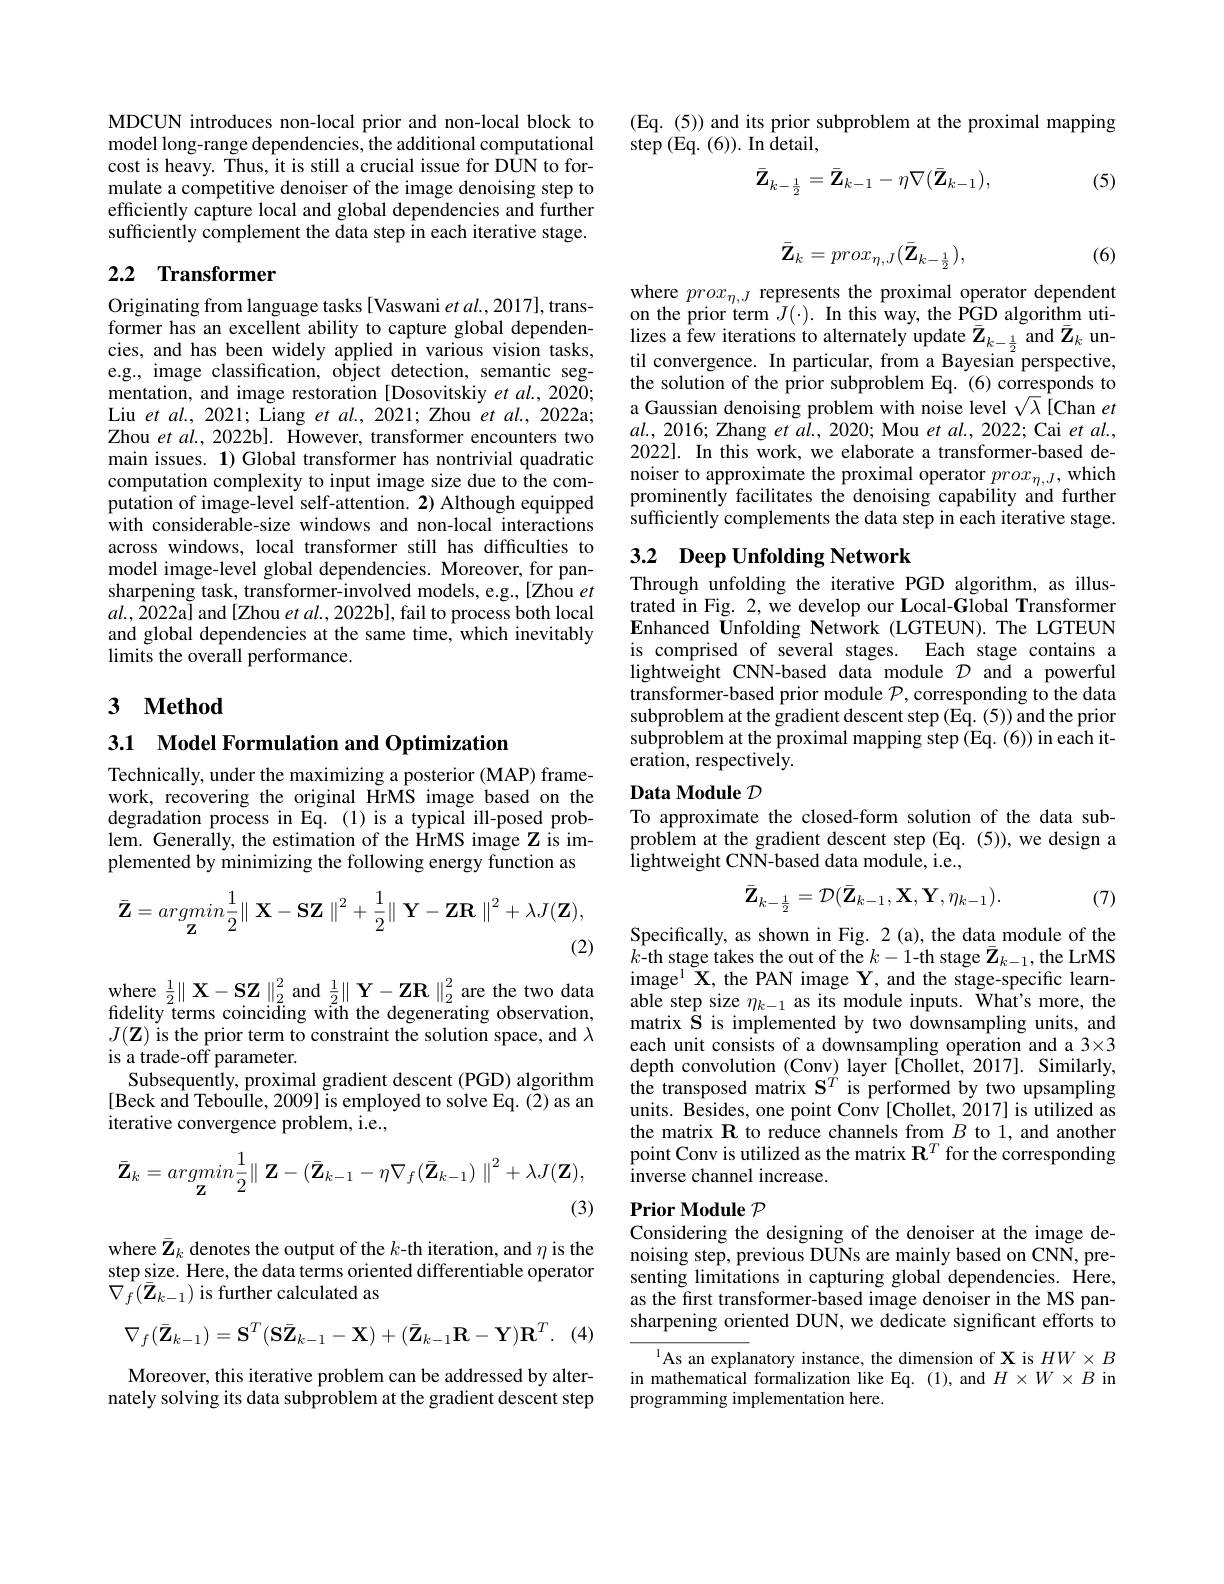
MDCUN introduces non-local prior and non-local block to model long-range dependencies, the additional computational cost is heavy. Thus, it is still a crucial issue for DUN to formulate a competitive denoiser of the image denoising step to efficiently capture local and global dependencies and further sufficiently complement the data step in each iterative stage.

## 2.2 Transformer

Originating from language tasks[Vaswani $etal.,2017]$,transformer has an excellent ability to capture global dependencies, and has been widely applied in various vision tasks, e.g., image classification, object detection, semantic segmentation, and image restoration [Dosovitskiy et al., 2020; Liu et al., 2021; Liang et $al.$, 2021; Zhou et al., 2022a; Zhou et al., 2022b]. However, transformer encounters two main issues. 1) Global transformer has nontrivial quadratic computation complexity to input image size due to the computation of image-level self-attention. 2) Although equipped with considerable-size windows and non-local interactions across windows, local transformer still has difficulties to model image-level global dependencies. Moreover, for pansharpening task, transformer-involved models, e.g., [Zhou $et$ $al.,\bar{2}022$a] and[Zhou et al., 2022b], fail to process both local and global dependencies at the same time, which inevitably limits the overall performance.

### 3 $\textbf{Method}$

3.1 Model Formulation and Optimization

Technically, under the maximizing a posterior (MAP) framework, recovering the original HrMS image based on the degradation process in Eq. (1) is a typical ill-posed problem. Generally, the estimation of the HrMS image Z is implemented by minimizing the following energy function as
$$\bar{\mathbf{Z}}=\underset{\mathbf{Z}}{\operatorname*{argmin}}\frac{1}{2}\parallel\mathbf{X}-\mathbf{S}\mathbf{Z}\parallel^2+\frac{1}{2}\parallel\mathbf{Y}-\mathbf{Z}\mathbf{R}\parallel^2+\lambda J(\mathbf{Z}),$$
(2)

$\begin{array}{l}\mathrm{where~\frac{1}{2}\parallel X-SZ\parallel_{2}^{2}~and~\frac{1}{2}\parallel Y-ZR\parallel_{2}^{2}~are~the~two~data}\\\mathrm{fidelity~terms~coinciding~with~the~degenerating~observation,}\end{array}$ $J(\mathbf{Z})$ is the prior term to constraint the solution space, and $\lambda$ is a trade-off parameter.
Subsequently, proximal gradient descent (PGD) algorithm [Beck and Teboulle, 2009] is employed to solve Eq. (2) as an iterative convergence problem, i.e.,
$$\bar{\mathbf{Z}}_{k}=argmin\frac{1}{2}\|\:\mathbf{Z}-(\bar{\mathbf{Z}}_{k-1}-\eta\nabla_{f}(\bar{\mathbf{Z}}_{k-1})\:\|^{2}+\lambda J(\mathbf{Z}),$$
(3)

where $\bar{\mathbf{Z}}_k$ denotes the output of the $k$-th iteration, and $\eta$ is the step size. Here, the data terms oriented differentiable operator $\nabla_{f}(\bar{\mathbf{Z}}_{k-1})$ is further calculated as
$$\nabla_{f}(\bar{\mathbf{Z}}_{k-1})=\mathbf{S}^{T}(\mathbf{S}\bar{\mathbf{Z}}_{k-1}-\mathbf{X})+(\bar{\mathbf{Z}}_{k-1}\mathbf{R}-\mathbf{Y})\mathbf{R}^{T}.$$
(4)

Moreover, this iterative problem can be addressed by alternately solving its data subproblem at the gradient descent step

(Eq. (5)) and its prior subproblem at the proximal mapping
$\operatorname{step}($Eq.(6)).In $\tilde{\text{detail,}}$
$$\bar{\mathbf{Z}}_{k-\frac{1}{2}}=\bar{\mathbf{Z}}_{k-1}-\eta\nabla(\bar{\mathbf{Z}}_{k-1}),$$
(5)
$$\bar{\mathbf{Z}}_k=prox_{\eta,J}(\bar{\mathbf{Z}}_{k-\frac{1}{2}}),$$
(6)

where $prox_{\eta , J}$ represents the proximal operator dependent on the prior term $J( \cdot ) .$ In this way, the PGD algorithm uti- lizes a few iterations to alternately update $\bar{\mathbf{Z} } _{k- \frac 12}$ and $\bar{\mathbf{Z} } _{k}$ un- til convergence. In particular, fr the solution of the prior subproblem Eq.(6)corresponds to a Gaussian denoising problem with noise level $\sqrt{\lambda}$ [Chan $et$ $al.,2016;$ Zhang $etal.,2020;$ Mou $etal.,2022;$ Cai $etal.$, 2022]. In this work, we elaborate a transformer-based denoiser to approximate the proximal operator $prox_\eta,J$, which prominently facilitates the denoising capability and furthen sufficiently complements the data step in each iterative stage.

## 3.2 Deep Unfolding Network

Through unfolding the iterative PGD algorithm, as illustrated in Fig. 2, we develop our Local-Global Transformer Enhanced Unfolding Network (LGTEUN).The LGTEUN is comprised of several stages. Each stage contains a lightweight CNN-based data module $\mathcal{D}$ and a powerful transformer-based prior module $\mathcal{P}$,corresponding to the data subproblem at the gradient descent step (Eq. (5)) and the prior subproblem at the proximal mapping step (Eq. (6)) in each iteration, respectively.

## Data Module $\mathcal{D}$
To approximate the closed-form solution of the data sub-

problem at the gradient descent step (Eq. (5)), we design a
lightweight CNN-based data module, i.e.,
$$\bar{\mathbf{Z}}_{k-\frac{1}{2}}=\mathcal{D}(\bar{\mathbf{Z}}_{k-1},\mathbf{X},\mathbf{Y},\eta_{k-1}).$$
(7)

Specifically, as shown in Fig. 2 (a), the data module of the $k$-th stage takes the out of the $k-1$-th stage $\bar{\mathbf{Z}}_k-1$,the LrMS image$^{\mathrm{l}}$X,the PAN image Y, and the stage-specific learnable step size $\eta_{k-1}$ as its module inputs. What's more, the matrix $\bar{\mathbf{S}}$ is implemented by two downsampling units, and each unit consists of a downsampling operation and a 3×3 depth convolution (Conv) layer [Chollet, 2017]. Similarly, the transposed matrix $\mathbf{S}^T$ is performed by two upsampling units. Besides, one point Conv [Chollet, 2017] is utilized as the matrix $\mathbf{R}$ to reduce channels from $B$ to 1, and another point Conv is utilized as the matrix $\mathbf{R}^T$ for the corresponding inverse channel increase.

## Prior Module $\mathcal{P}$ Considering the designing of the denoiser at the image de-

noising step, previous DUNs are mainly based on CNN, presenting limitations in capturing global dependencies. Here, as the first transformer-based image denoiser in the MS pansharpening oriented DUN, we dedicate significant efforts to

$^{1}$As an explanatory instance, the dimension of X is $HW\times B$ in mathematical formalization like Eq. (1), and $H\times W\times B$ in programming implementation here.